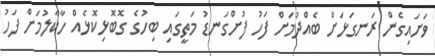
ވަށައިގެން ރަނގަޅަށް ބެއްދުމަށް ފަހު ފުށްގަނޑު މަތީގައި ބިހުގެ ގޮބޮޅިކޮޅެއް ހާކާލުމަށް ފަހު